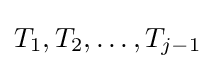
T_{1},T_{2},\ldots ,T_{j-1}